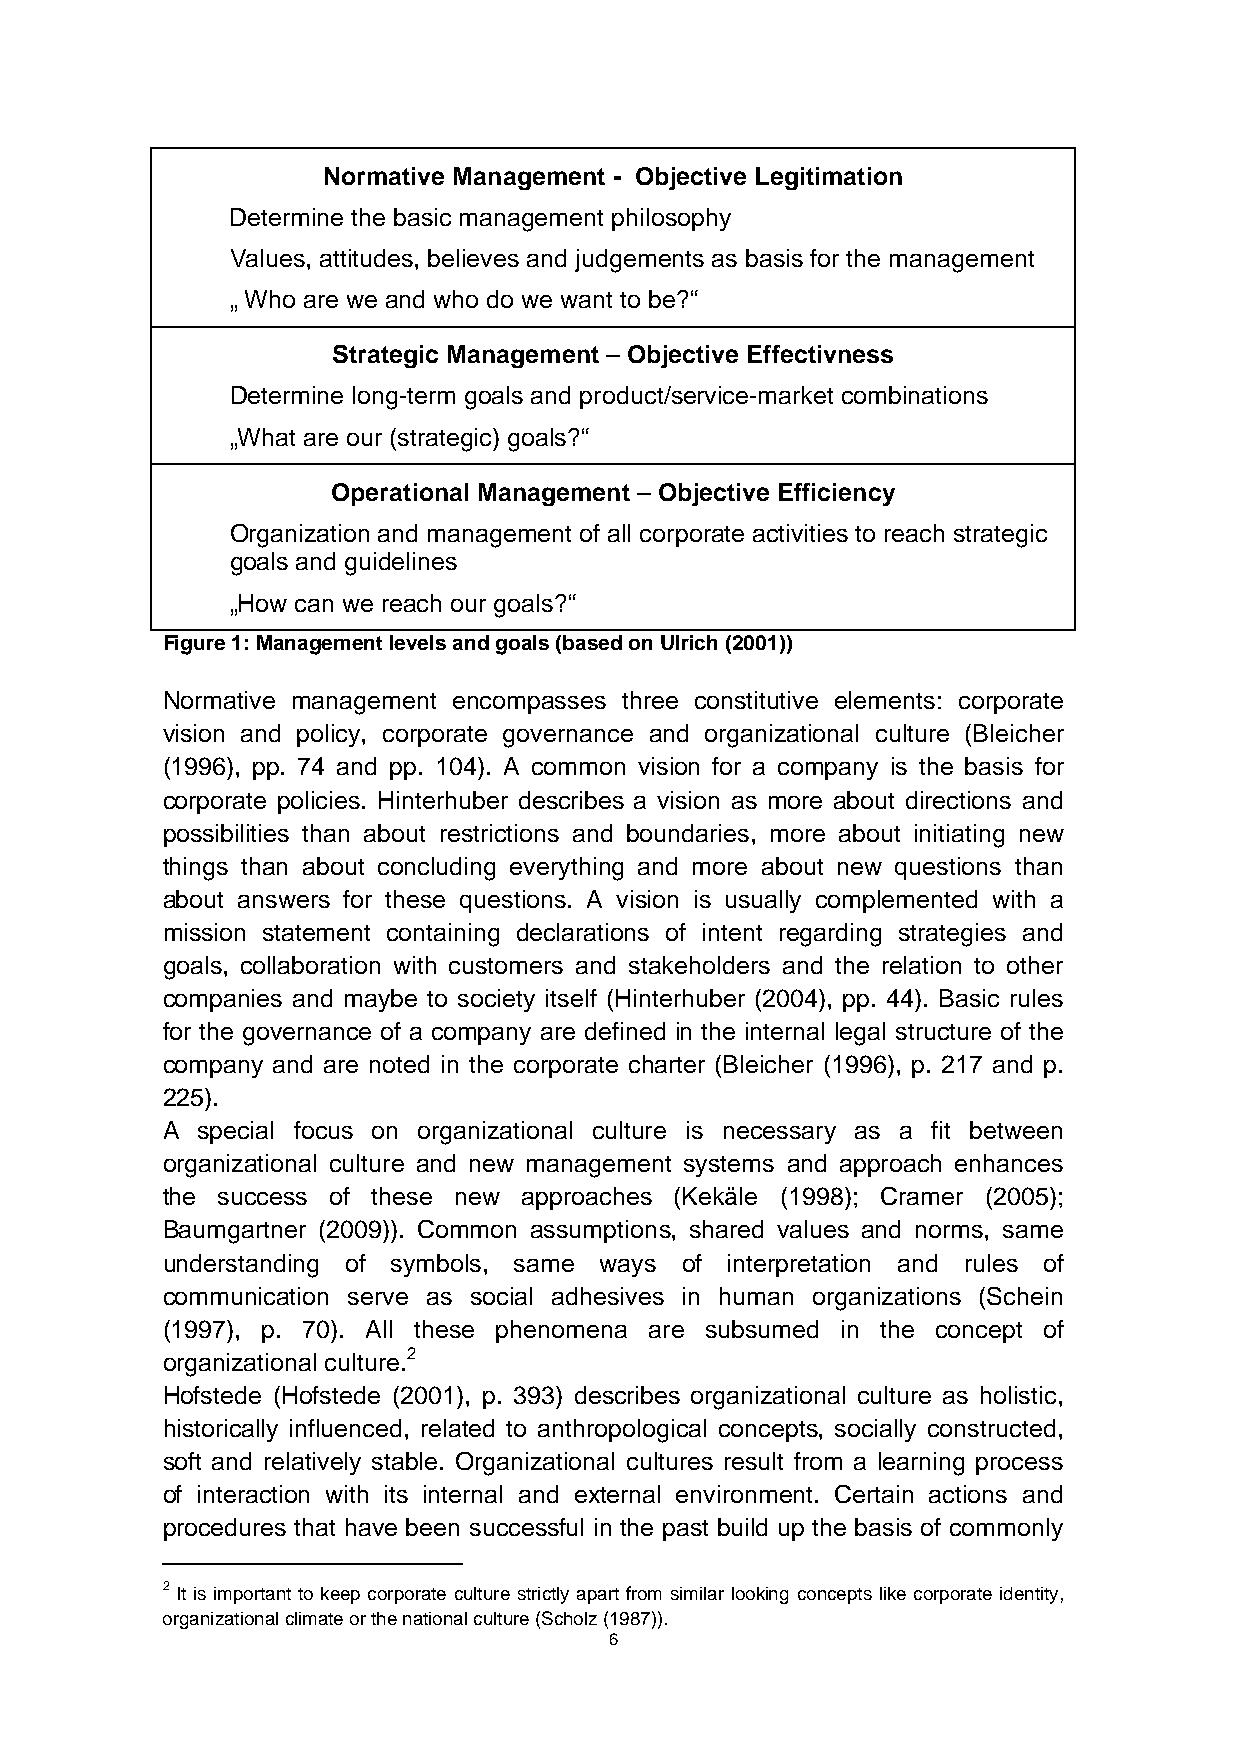
Normative Management - Objective Legitimation
 Determine the basic management philosophy
 Values, attitudes, believes and judgements as basis for the management
 „ Who are we and who do we want to be?“
 Strategic Management – Objective Effectivness
 Determine long-term goals and product/service-market combinations
 „What are our (strategic) goals?“
 Operational Management – Objective Efficiency
 Organization and management of all corporate activities to reach strategic
 goals and guidelines
 „How can we reach our goals?“
 Figure 1: Management levels and goals (based on Ulrich (2001))
 Normative management encompasses three constitutive elements: corporate
 vision and policy, corporate governance and organizational culture (Bleicher
 (1996), pp. 74 and pp. 104). A common vision for a company is the basis for
 corporate policies. Hinterhuber describes a vision as more about directions and
 possibilities than about restrictions and boundaries, more about initiating new
 things than about concluding everything and more about new questions than
 about answers for these questions. A vision is usually complemented with a
 mission statement containing declarations of intent regarding strategies and
 goals, collaboration with customers and stakeholders and the relation to other
 companies and maybe to society itself (Hinterhuber (2004), pp. 44). Basic rules
 for the governance of a company are defined in the internal legal structure of the
 company and are noted in the corporate charter (Bleicher (1996), p. 217 and p.
 225).
 A special focus on organizational culture is necessary as a fit between
 organizational culture and new management systems and approach enhances
 the success of these new approaches (Kekäle (1998); Cramer (2005);
 Baumgartner (2009)). Common assumptions, shared values and norms, same
 understanding of symbols, same ways of interpretation and rules of
 communication serve as social adhesives in human organizations (Schein
 (1997), p. 70). All these phenomena are subsumed in the concept of
 organizational culture.2
 Hofstede (Hofstede (2001), p. 393) describes organizational culture as holistic,
 historically influenced, related to anthropological concepts, socially constructed,
 soft and relatively stable. Organizational cultures result from a learning process
 of interaction with its internal and external environment. Certain actions and
 procedures that have been successful in the past build up the basis of commonly
 2 It is important to keep corporate culture strictly apart from similar looking concepts like corporate identity,
 organizational climate or the national culture (Scholz (1987)).
 6